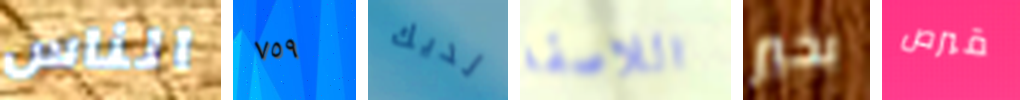
الناس ٧٥٩ لديك اللاصقة بخير قبرص